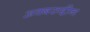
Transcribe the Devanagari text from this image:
अक्बरुद्दीन